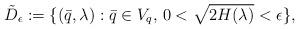
LaTeX: \begin{align*} \tilde D_\epsilon:=\{(\bar q,\lambda):\bar q\in V_q,\, 0<\sqrt{2H(\lambda)}<\epsilon\}, \end{align*}